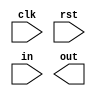
module button(
    input wire clk,
    input wire rst,
    input wire in,
    output reg out
);

localparam PARTER = 1'b0;
localparam ETAJ = 1'b1;

reg state_reg, state_next;

// FSM state register
always @(posedge clk or posedge rst) begin
    if(rst)
    state_reg <= PARTER;
    else
    state_reg <= state_next;
end

// FSM next state logic
always @(*) begin
    state_next = (in) ? ETAJ : PARTER;
end


endmodule